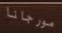
مورجانا